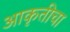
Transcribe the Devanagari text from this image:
आकृतीचा